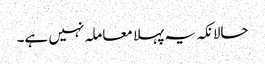
حالانکہ یہ پہلا معاملہ نہیں ہے۔